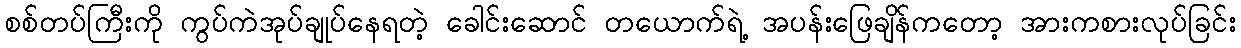
စစ်တပ်ကြီးကို ကွပ်ကဲအုပ်ချုပ်နေရတဲ့ ခေါင်းဆောင် တယောက်ရဲ့ အပန်းဖြေချိန်ကတော့ အားကစားလုပ်ခြင်း